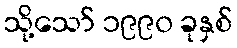
သို့သော် ၁၉၉၀ ခုနှစ်